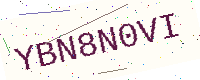
Text: YBN8N0VI